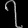
Digit: ၇